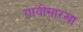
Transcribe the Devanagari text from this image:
गायीसारखा